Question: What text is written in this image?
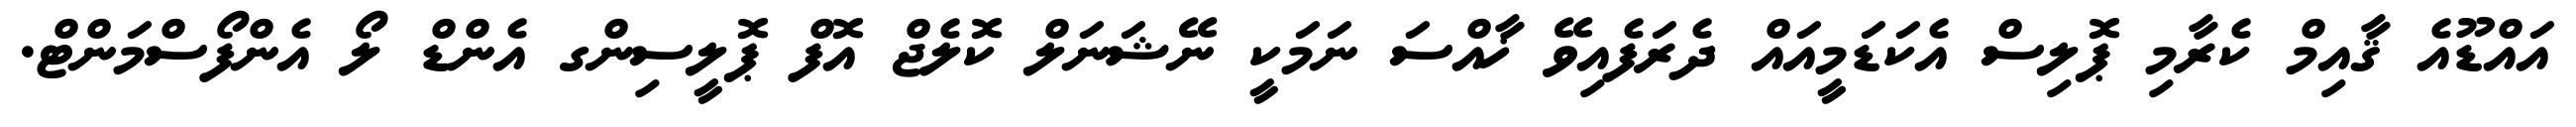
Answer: އައްޑޫއެ ޤާއިމް ކެރާމި ޕޮލިސް އެކަޑަމީއައް ދެރަފެއިވޭ ޚާއްސަ ނަމަކީ ނޭޝަނަލް ކޮލެޖް އޮފް ޕޮލީސިންގ އެންޑް ލޯ އެންފޯސްމަންޓް.